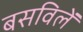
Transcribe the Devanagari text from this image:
बसविलें